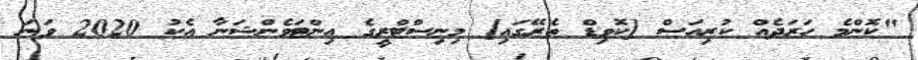
"ކޮންމެ ހަރަދެއް ކުރިއަސް [ކޮވިޑް ތެރޭގައި] މިނިސްޓްރީގެ އިންޓަވެންޝަނާ އެކު 2020 ވަނަ